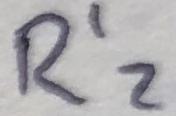
Text: R'2